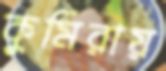
কুমিরায়